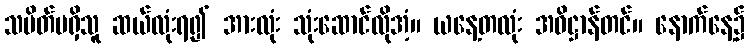
သပိတ်မရှိသူ ဆယ်လုံးရ၍ အားလုံး သုံးဆောင်လိုအံ့။ ယနေ့တလုံး အဓိဋ္ဌာန်တင်။ နောက်နေ့၌